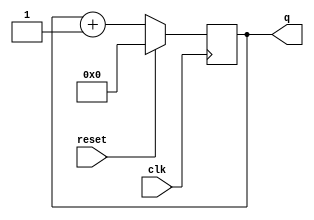
module bit_counter (
    input clk,
    input reset,      // Synchronous active-high reset
    output reg [3:0] q);
    always@(posedge clk)begin
        if(reset)
            q<=0;
        else
            q<=q+1'b1;
    end
endmodule